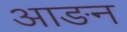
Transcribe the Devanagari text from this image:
आङन